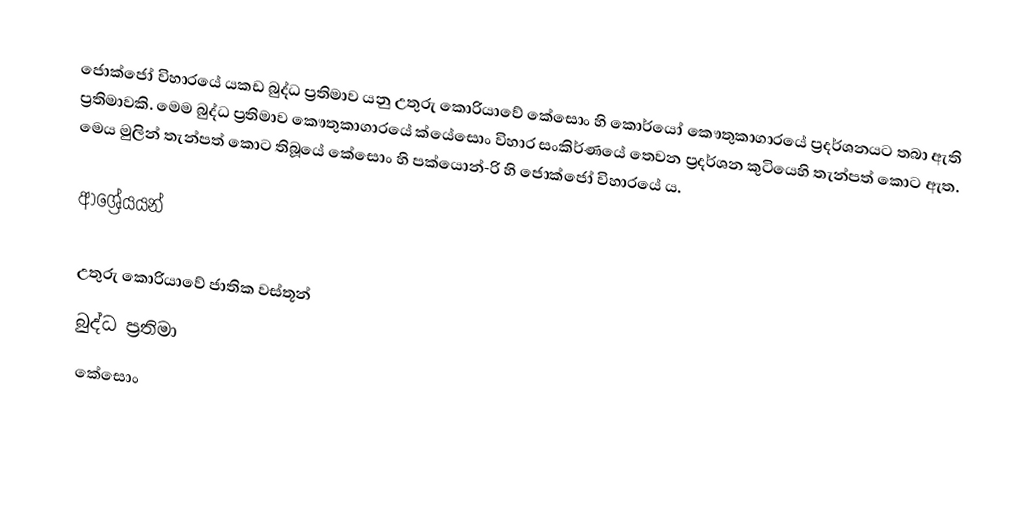
ජොක්ජෝ විහාරයේ යකඩ බුද්ධ ප්‍රතිමාව යනු උතුරු කොරියාවේ කේසොං හි කොර්යෝ කෞතුකාගාරයේ ප්‍රදර්ශනයට තබා ඇති ප්‍රතිමාවකි. මෙම බුද්ධ ප්‍රතිමාව කෞතුකාගාරයේ ක්යේසොං විහාර සංකිර්ණයේ තෙවන ප්‍රදර්ශන කුටියෙහි තැන්පත් කොට ඇත. මෙය මුලින් තැන්පත් කොට තිබූයේ කේසොං හි පක්යොන්-රි හි ජොක්ජෝ විහාරයේ ය.

ආශ්‍රේයයන්

උතුරු කොරියාවේ ජාතික වස්තූන්
බුද්ධ ප්‍රතිමා
කේසොං